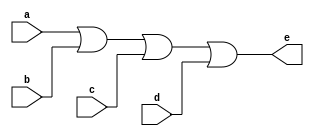
`timescale 1ns / 1ps
//////////////////////////////////////////////////////////////////////////////////
// Company: 
// Engineer: 
// 
// Design Name: 
// Module Name: four_input_or_gate_a
// Project Name: 
// Target Devices: 
// Tool Versions: 
// Description: 
// 
// Dependencies: 
// 
// Revision:
// Revision 0.01 - File Created
// Additional Comments:
// 
//////////////////////////////////////////////////////////////////////////////////


module four_input_or_gate_a(
    input a,b,c,d,
    output e
    );
    assign e = a|b|c|d;
endmodule